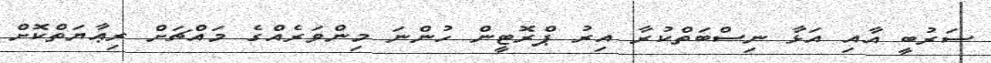
ސަރުބީ އާއި އަޅާ ނިސްބަތްކުރާ އިރު ޕްރޮޓީން ހުންނަ މިންވަރެއްގެ މައްޗަށް ރިޢާޔަތްކޮށް